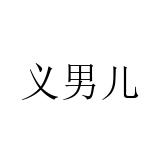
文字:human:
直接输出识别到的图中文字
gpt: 义男儿